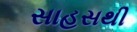
સાહસથી